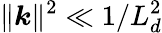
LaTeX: \| \boldsymbol{k}\| ^{2}\ll 1/L_{d}^{2}